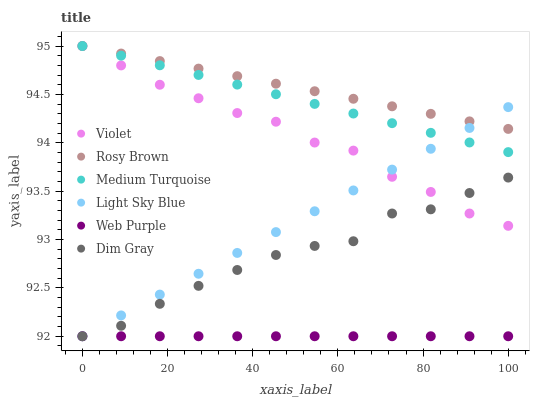
| xaxis_label | Violet | Rosy Brown | Medium Turquoise | Light Sky Blue | Web Purple | Dim Gray |
 | --- | --- | --- | --- | --- | --- | --- |
 | 0 | 95 | 95 | 95 | 92 | 92 | 92 |
 | 9.09 | 94.8 | 94.9 | 94.9 | 92.2 | 92 | 92.1 |
 | 18.2 | 94.6 | 94.8 | 94.8 | 92.4 | 92 | 92.3 |
 | 27.3 | 94.5 | 94.8 | 94.7 | 92.6 | 92 | 92.5 |
 | 36.4 | 94.3 | 94.7 | 94.6 | 92.9 | 92 | 92.7 |
 | 45.5 | 94.2 | 94.6 | 94.5 | 93.1 | 92 | 92.8 |
 | 54.5 | 94 | 94.5 | 94.4 | 93.3 | 92 | 92.9 |
 | 63.6 | 93.9 | 94.5 | 94.3 | 93.5 | 92 | 93 |
 | 72.7 | 93.6 | 94.4 | 94.2 | 93.7 | 92 | 93.3 |
 | 81.8 | 93.5 | 94.3 | 94.1 | 93.9 | 92 | 93.3 |
 | 90.9 | 93.3 | 94.2 | 94 | 94.2 | 92 | 93.5 |
 | 100 | 93.1 | 94.1 | 93.9 | 94.4 | 92 | 93.6 |